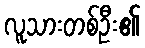
လူသားတစ်ဦး၏